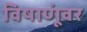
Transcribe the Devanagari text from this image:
विषाणूंवर